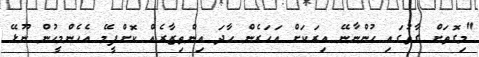
"މިގޮތަށް ގާތުގައި ހުންނާނޭ އިރަކަށް އަހަރެން ހާދަ އިންތިޒާރެއް ކޮށްފީމޭ އެހެންމީހުން ނޫޅޭ